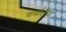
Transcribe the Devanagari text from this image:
गोर्खालैण्ड